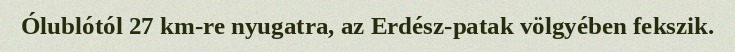
Ólublótól 27 km-re nyugatra, az Erdész-patak völgyében fekszik.